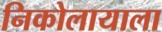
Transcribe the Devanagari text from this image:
निकोलायाला